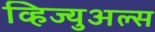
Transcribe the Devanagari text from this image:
व्हिज्युअल्स